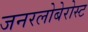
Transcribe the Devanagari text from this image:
जनरलोबेरोस्ट